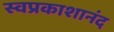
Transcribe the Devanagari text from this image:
स्वप्रकाशानंद